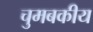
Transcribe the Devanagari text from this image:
चुमबकीय